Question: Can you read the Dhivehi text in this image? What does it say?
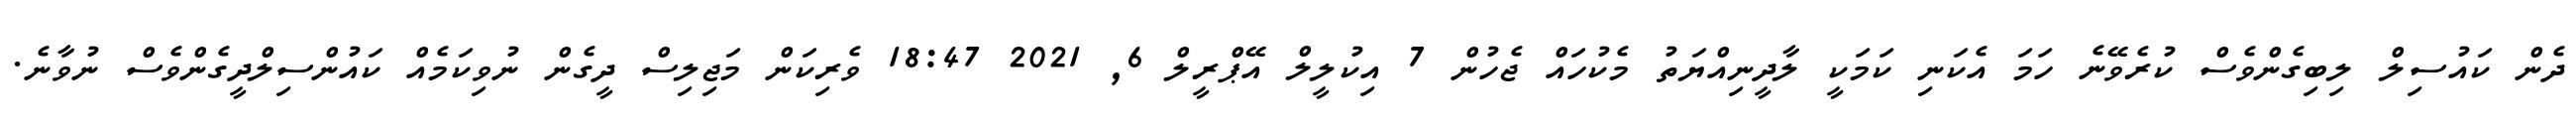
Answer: ދެން ކައުސިލް ލިބިގެންވެސް ކުރެވޭނެ ހަމަ އެކަނި ކަމަކީ ލާދީނިއްޔަތު މެކުހައް ޖެހުން 7 އިކުލީލް އޭޕްރީލް 6, 2021 18:47 ވެރިކަން މަޖިލިސް ދީގެން ނުވިކަމެއް ކައުންސިލްދީގެންވެސް ނުވާނެ.